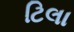
ટિલા